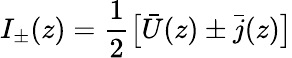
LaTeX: I_{\pm}(z)=\frac{1}{2}\big[\bar{U}(z)\pm\bar{j}(z)\big]